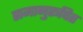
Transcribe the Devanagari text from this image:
समानुरूपित